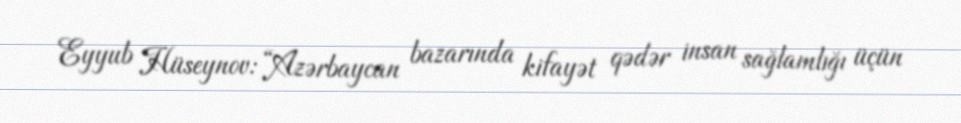
Eyyub Hüseynov: “Azərbaycan bazarında kifayət qədər insan sağlamlığı üçün